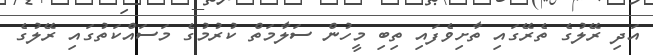
އަދި ރޭލުގެ ތެރޭގައި ތާށިވެފައި ތިބި މީހުން ސަލާމަތް ކުރުމުގެ މަސައްކަތުގައި ރޭލުގެ